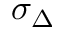
\sigma _ { \Delta }